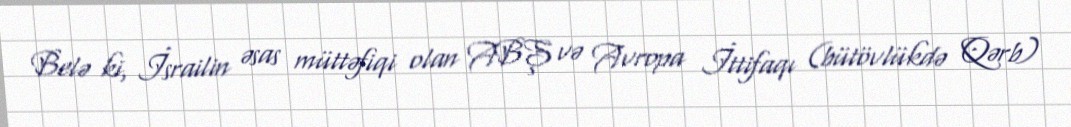
Belə ki, İsrailin əsas müttəfiqi olan ABŞ və Avropa İttifaqı (bütövlükdə Qərb)